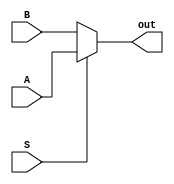
module MUX2to1(A, B, S, out);
input [4:0] A, B;
input S;
output [4:0] out;

assign out = (S)? A : B;

endmodule